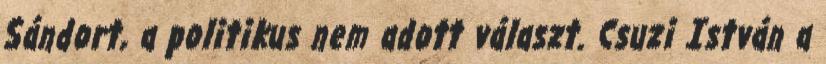
Sándort, a politikus nem adott választ. Csuzi István a